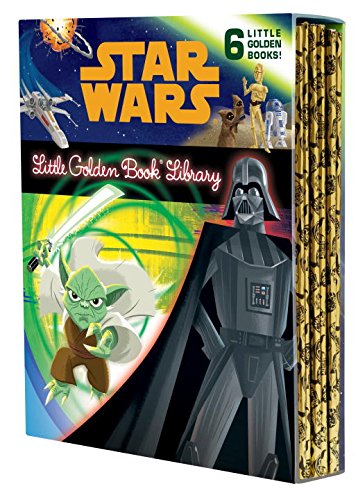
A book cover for The Star Wars Little Golden Book Library (Star Wars) (Little Golden Book: Star Wars); Various; Children's Books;